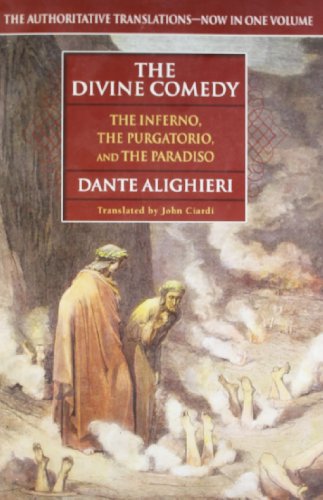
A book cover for The Divine Comedy (The Inferno, The Purgatorio, and The Paradiso); Dante Alighieri; Literature & Fiction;